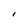
Character: I